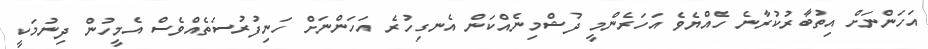
އަހަންނަށް އިތުބާރުކުރާނެ ހެއްޔެވެ އަހަރެންމީ ދުޝްމިނެއްކަން އެނގިހުރެ އަހަންނަށް ހަނިފުރުސަތެއްވެސް އެމީހުން ދިނުމަކީ